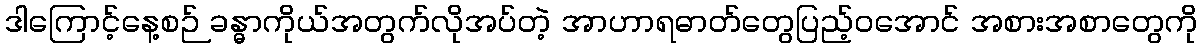
ဒါကြောင့်နေ့စဉ် ခန္ဓာကိုယ်အတွက်လိုအပ်တဲ့ အာဟာရဓာတ်တွေပြည့်ဝအောင် အစားအစာတွေကို